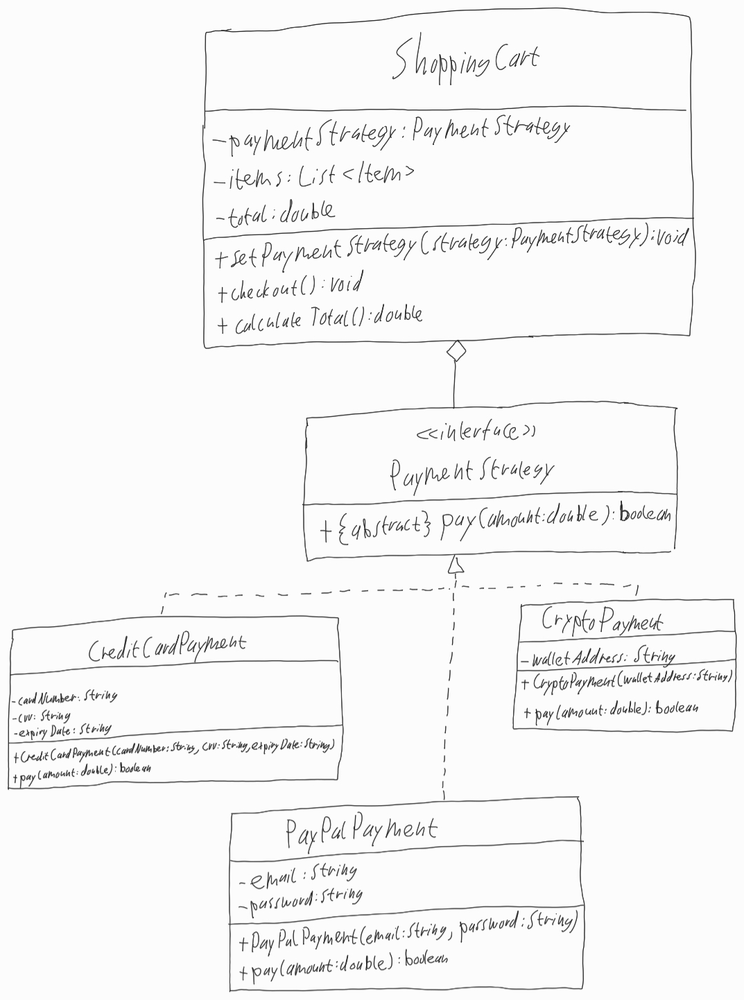
Diagram type: class_diagram
```plantuml
@startuml

class ShoppingCart {
  - paymentStrategy: PaymentStrategy
  - items: List<Item>
  - total: double
  + setPaymentStrategy(strategy: PaymentStrategy): void
  + checkout(): void
  + calculateTotal(): double
}

interface PaymentStrategy {
  + {abstract} pay(amount: double): boolean
}

class CreditCardPayment implements PaymentStrategy {
  - cardNumber: String
  - cvv: String
  - expiryDate: String
  + CreditCardPayment(cardNumber: String, cvv: String, expiryDate: String)
  + pay(amount: double): boolean
}

class PayPalPayment implements PaymentStrategy {
  - email: String
  - password: String
  + PayPalPayment(email: String, password: String)
  + pay(amount: double): boolean
}

class CryptoPayment implements PaymentStrategy {
  - walletAddress: String
  + CryptoPayment(walletAddress: String)
  + pay(amount: double): boolean
}

ShoppingCart o-- PaymentStrategy

@enduml
```